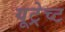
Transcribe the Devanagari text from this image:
यूट्रेच्ट